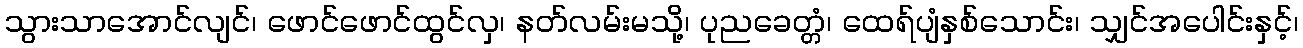
သွားသာအောင်လျင်၊ ဖောင်ဖောင်ထွင်လှ၊ နတ်လမ်းမသို့၊ ပုညခေတ္တံ၊ ထေရ်ပျံနှစ်သောင်း၊ သျှင်အပေါင်းနှင့်၊